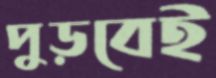
পুড়বেই